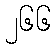
၂၆၆